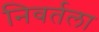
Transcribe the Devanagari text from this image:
निवर्तला